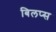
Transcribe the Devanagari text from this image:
बिलप्स